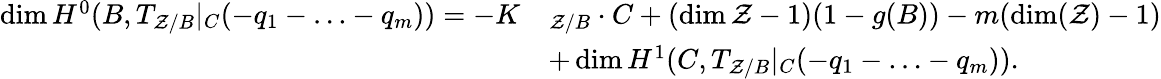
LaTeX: \begin{array}{rl}{\dim H^{0}(B,T_{\mathcal{Z}/B}|_{C}(-q_{1}-\ldots-q_{m}))=-K}&{_{\mathcal{Z}/B}\cdot C+(\dim\mathcal{Z}-1)(1-g(B))-m(\dim(\mathcal{Z})-1)}\\ &{+\dim H^{1}(C,T_{\mathcal{Z}/B}|_{C}(-q_{1}-\ldots-q_{m})).}\end{array}